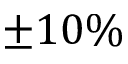
\pm 1 0 \%